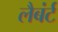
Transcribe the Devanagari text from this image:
लैबंर्ट